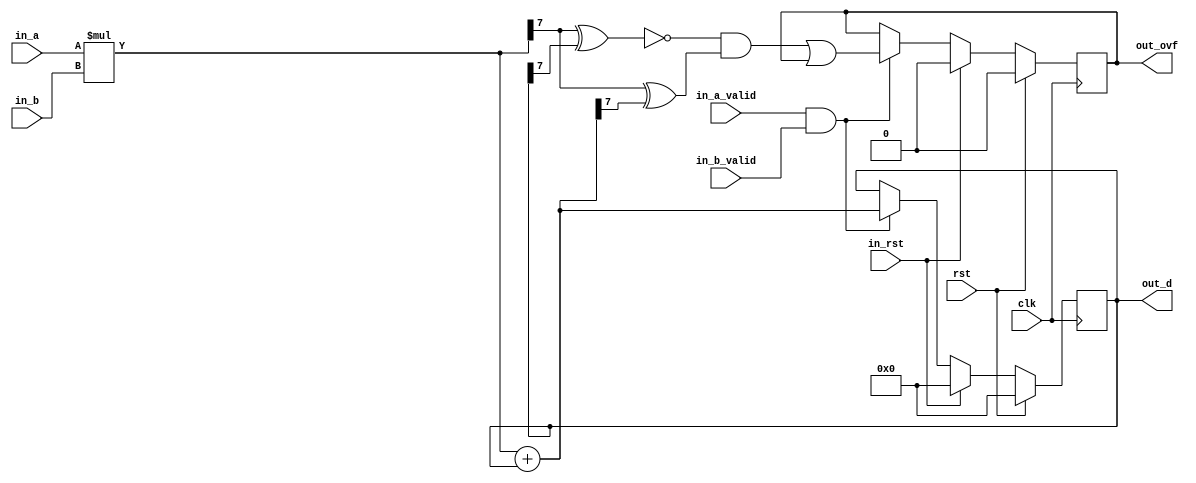
/* Generated by Amaranth Yosys 0.25 (PyPI ver 0.25.0.0.post70, git sha1 e02b7f64b) */

(* \amaranth.hierarchy  = "top.mac" *)
(* generator = "Amaranth" *)
module mac(in_b, out_d, out_ovf, in_a_valid, in_b_valid, in_rst, rst, clk, in_a);
  reg \$auto$verilog_backend.cc:2083:dump_module$6  = 0;
  (* src = "/data/Github/SNUHSD2023Spring/Lab4/Practice/mac.py:30" *)
  wire [7:0] \$1 ;
  (* src = "/data/Github/SNUHSD2023Spring/Lab4/Practice/mac.py:52" *)
  wire \$11 ;
  (* src = "/data/Github/SNUHSD2023Spring/Lab4/Practice/mac.py:52" *)
  wire \$12 ;
  (* src = "/data/Github/SNUHSD2023Spring/Lab4/Practice/mac.py:53" *)
  wire \$15 ;
  (* src = "/data/Github/SNUHSD2023Spring/Lab4/Practice/mac.py:52" *)
  wire \$17 ;
  (* src = "/data/Github/SNUHSD2023Spring/Lab4/Practice/mac.py:52" *)
  wire \$19 ;
  (* src = "/data/Github/SNUHSD2023Spring/Lab4/Practice/mac.py:43" *)
  wire \$21 ;
  (* src = "/data/Github/SNUHSD2023Spring/Lab4/Practice/mac.py:32" *)
  wire [7:0] \$3 ;
  (* src = "/data/Github/SNUHSD2023Spring/Lab4/Practice/mac.py:32" *)
  wire [8:0] \$5 ;
  (* src = "/data/Github/SNUHSD2023Spring/Lab4/Practice/mac.py:43" *)
  wire \$7 ;
  (* src = "/data/Github/SNUHSD2023Spring/Lab4/Practice/mac.py:43" *)
  wire \$9 ;
  (* src = "/usr/local/lib/python3.10/dist-packages/amaranth/hdl/ir.py:527" *)
  input clk;
  wire clk;
  (* src = "/data/Github/SNUHSD2023Spring/Lab4/Practice/mac.py:24" *)
  wire [7:0] current_out;
  (* src = "/data/Github/SNUHSD2023Spring/Lab4/Practice/mac.py:25" *)
  wire current_out_ovf;
  (* src = "/data/Github/SNUHSD2023Spring/Lab4/Practice/mac.py:12" *)
  input [3:0] in_a;
  wire [3:0] in_a;
  (* src = "/data/Github/SNUHSD2023Spring/Lab4/Practice/mac.py:13" *)
  input in_a_valid;
  wire in_a_valid;
  (* src = "/data/Github/SNUHSD2023Spring/Lab4/Practice/mac.py:14" *)
  input [3:0] in_b;
  wire [3:0] in_b;
  (* src = "/data/Github/SNUHSD2023Spring/Lab4/Practice/mac.py:15" *)
  input in_b_valid;
  wire in_b_valid;
  (* src = "/data/Github/SNUHSD2023Spring/Lab4/Practice/mac.py:17" *)
  input in_rst;
  wire in_rst;
  (* src = "/data/Github/SNUHSD2023Spring/Lab4/Practice/mac.py:23" *)
  wire [7:0] mult;
  (* src = "/data/Github/SNUHSD2023Spring/Lab4/Practice/mac.py:19" *)
  output [7:0] out_d;
  reg [7:0] out_d = 8'h00;
  (* src = "/data/Github/SNUHSD2023Spring/Lab4/Practice/mac.py:19" *)
  reg [7:0] \out_d$next ;
  (* src = "/data/Github/SNUHSD2023Spring/Lab4/Practice/mac.py:20" *)
  reg out_d_valid;
  (* src = "/data/Github/SNUHSD2023Spring/Lab4/Practice/mac.py:21" *)
  output out_ovf;
  reg out_ovf = 1'h0;
  (* src = "/data/Github/SNUHSD2023Spring/Lab4/Practice/mac.py:21" *)
  reg \out_ovf$next ;
  (* src = "/usr/local/lib/python3.10/dist-packages/amaranth/hdl/ir.py:527" *)
  input rst;
  wire rst;
  assign \$9  = in_a_valid & (* src = "/data/Github/SNUHSD2023Spring/Lab4/Practice/mac.py:43" *) in_b_valid;
  assign \$12  = mult[7] ^ (* src = "/data/Github/SNUHSD2023Spring/Lab4/Practice/mac.py:52" *) out_d[7];
  assign \$11  = ~ (* src = "/data/Github/SNUHSD2023Spring/Lab4/Practice/mac.py:52" *) \$12 ;
  assign \$15  = mult[7] ^ (* src = "/data/Github/SNUHSD2023Spring/Lab4/Practice/mac.py:53" *) current_out[7];
  assign \$17  = \$11  & (* src = "/data/Github/SNUHSD2023Spring/Lab4/Practice/mac.py:52" *) \$15 ;
  assign \$1  = $signed(in_a) * (* src = "/data/Github/SNUHSD2023Spring/Lab4/Practice/mac.py:30" *) $signed(in_b);
  assign \$19  = \$17  | (* src = "/data/Github/SNUHSD2023Spring/Lab4/Practice/mac.py:52" *) out_ovf;
  assign \$21  = in_a_valid & (* src = "/data/Github/SNUHSD2023Spring/Lab4/Practice/mac.py:43" *) in_b_valid;
  assign \$3  = $signed(in_a) * (* src = "/data/Github/SNUHSD2023Spring/Lab4/Practice/mac.py:32" *) $signed(in_b);
  assign \$5  = $signed(\$3 ) + (* src = "/data/Github/SNUHSD2023Spring/Lab4/Practice/mac.py:32" *) $signed(out_d);
  assign \$7  = in_a_valid & (* src = "/data/Github/SNUHSD2023Spring/Lab4/Practice/mac.py:43" *) in_b_valid;
  always @(posedge clk)
    out_ovf <= \out_ovf$next ;
  always @(posedge clk)
    out_d <= \out_d$next ;
  always @* begin
    if (\$auto$verilog_backend.cc:2083:dump_module$6 ) begin end
    \out_d$next  = out_d;
    (* src = "/data/Github/SNUHSD2023Spring/Lab4/Practice/mac.py:35" *)
    casez ({ \$7 , in_rst })
      /* src = "/data/Github/SNUHSD2023Spring/Lab4/Practice/mac.py:35" */
      2'b?1:
          \out_d$next  = 8'h00;
      /* src = "/data/Github/SNUHSD2023Spring/Lab4/Practice/mac.py:43" */
      2'b1?:
          \out_d$next  = current_out;
    endcase
    (* src = "/usr/local/lib/python3.10/dist-packages/amaranth/hdl/xfrm.py:334" *)
    casez (in_rst)
      1'h1:
          \out_d$next  = 8'h00;
    endcase
    (* src = "/usr/local/lib/python3.10/dist-packages/amaranth/hdl/xfrm.py:519" *)
    casez (rst)
      1'h1:
          \out_d$next  = 8'h00;
    endcase
  end
  always @* begin
    if (\$auto$verilog_backend.cc:2083:dump_module$6 ) begin end
    \out_ovf$next  = out_ovf;
    (* src = "/data/Github/SNUHSD2023Spring/Lab4/Practice/mac.py:35" *)
    casez ({ \$9 , in_rst })
      /* src = "/data/Github/SNUHSD2023Spring/Lab4/Practice/mac.py:35" */
      2'b?1:
          \out_ovf$next  = 1'h0;
      /* src = "/data/Github/SNUHSD2023Spring/Lab4/Practice/mac.py:43" */
      2'b1?:
          \out_ovf$next  = \$19 ;
    endcase
    (* src = "/usr/local/lib/python3.10/dist-packages/amaranth/hdl/xfrm.py:334" *)
    casez (in_rst)
      1'h1:
          \out_ovf$next  = 1'h0;
    endcase
    (* src = "/usr/local/lib/python3.10/dist-packages/amaranth/hdl/xfrm.py:519" *)
    casez (rst)
      1'h1:
          \out_ovf$next  = 1'h0;
    endcase
  end
  always @* begin
    if (\$auto$verilog_backend.cc:2083:dump_module$6 ) begin end
    out_d_valid = 1'h0;
    (* src = "/data/Github/SNUHSD2023Spring/Lab4/Practice/mac.py:35" *)
    casez ({ \$21 , in_rst })
      /* src = "/data/Github/SNUHSD2023Spring/Lab4/Practice/mac.py:35" */
      2'b?1:
          out_d_valid = 1'h0;
      /* src = "/data/Github/SNUHSD2023Spring/Lab4/Practice/mac.py:43" */
      2'b1?:
          out_d_valid = 1'h1;
    endcase
  end
  assign { current_out_ovf, current_out } = \$5 ;
  assign mult = \$1 ;
endmodule

(* \amaranth.hierarchy  = "top" *)
(* top =  1  *)
(* generator = "Amaranth" *)
module top(in_b, in_init, out_d, out_d_valid, out_ovf, clk, rst, in_a);
  reg \$auto$verilog_backend.cc:2083:dump_module$7  = 0;
  (* src = "/usr/local/lib/python3.10/dist-packages/amaranth/hdl/dsl.py:437" *)
  wire \$1 ;
  (* src = "/data/Github/SNUHSD2023Spring/Lab4/Practice/pe.py:69" *)
  wire [3:0] \$10 ;
  (* src = "/usr/local/lib/python3.10/dist-packages/amaranth/hdl/dsl.py:437" *)
  wire \$12 ;
  (* src = "/data/Github/SNUHSD2023Spring/Lab4/Practice/pe.py:71" *)
  wire \$14 ;
  (* src = "/data/Github/SNUHSD2023Spring/Lab4/Practice/pe.py:71" *)
  wire \$3 ;
  (* src = "/usr/local/lib/python3.10/dist-packages/amaranth/hdl/dsl.py:437" *)
  wire \$5 ;
  (* src = "/usr/local/lib/python3.10/dist-packages/amaranth/hdl/dsl.py:437" *)
  wire \$7 ;
  (* src = "/data/Github/SNUHSD2023Spring/Lab4/Practice/pe.py:69" *)
  wire [3:0] \$9 ;
  (* src = "/usr/local/lib/python3.10/dist-packages/amaranth/hdl/ir.py:527" *)
  input clk;
  wire clk;
  (* src = "/data/Github/SNUHSD2023Spring/Lab4/Practice/pe.py:15" *)
  reg [2:0] cnt = 3'h0;
  (* src = "/data/Github/SNUHSD2023Spring/Lab4/Practice/pe.py:15" *)
  reg [2:0] \cnt$next ;
  (* src = "/data/Github/SNUHSD2023Spring/Lab4/Practice/pe.py:41" *)
  reg fsm_state = 1'h0;
  (* src = "/data/Github/SNUHSD2023Spring/Lab4/Practice/pe.py:41" *)
  reg \fsm_state$next ;
  (* src = "/data/Github/SNUHSD2023Spring/Lab4/Practice/pe.py:18" *)
  input [3:0] in_a;
  wire [3:0] in_a;
  (* src = "/data/Github/SNUHSD2023Spring/Lab4/Practice/pe.py:19" *)
  input [3:0] in_b;
  wire [3:0] in_b;
  (* src = "/data/Github/SNUHSD2023Spring/Lab4/Practice/pe.py:14" *)
  input [2:0] in_init;
  wire [2:0] in_init;
  (* src = "/data/Github/SNUHSD2023Spring/Lab4/Practice/mac.py:12" *)
  wire [3:0] mac_in_a;
  (* src = "/data/Github/SNUHSD2023Spring/Lab4/Practice/mac.py:13" *)
  reg mac_in_a_valid;
  (* src = "/data/Github/SNUHSD2023Spring/Lab4/Practice/mac.py:14" *)
  wire [3:0] mac_in_b;
  (* src = "/data/Github/SNUHSD2023Spring/Lab4/Practice/mac.py:15" *)
  reg mac_in_b_valid;
  (* src = "/data/Github/SNUHSD2023Spring/Lab4/Practice/mac.py:17" *)
  reg mac_in_rst;
  (* src = "/data/Github/SNUHSD2023Spring/Lab4/Practice/mac.py:19" *)
  wire [7:0] mac_out_d;
  (* src = "/data/Github/SNUHSD2023Spring/Lab4/Practice/mac.py:21" *)
  wire mac_out_ovf;
  (* src = "/data/Github/SNUHSD2023Spring/Lab4/Practice/pe.py:21" *)
  output [7:0] out_d;
  wire [7:0] out_d;
  (* src = "/data/Github/SNUHSD2023Spring/Lab4/Practice/pe.py:22" *)
  output out_d_valid;
  reg out_d_valid = 1'h0;
  (* src = "/data/Github/SNUHSD2023Spring/Lab4/Practice/pe.py:22" *)
  reg \out_d_valid$next ;
  (* src = "/data/Github/SNUHSD2023Spring/Lab4/Practice/pe.py:23" *)
  output out_ovf;
  wire out_ovf;
  (* src = "/usr/local/lib/python3.10/dist-packages/amaranth/hdl/ir.py:527" *)
  input rst;
  wire rst;
  assign \$10  = cnt - (* src = "/data/Github/SNUHSD2023Spring/Lab4/Practice/pe.py:69" *) 1'h1;
  assign \$12  = | (* src = "/usr/local/lib/python3.10/dist-packages/amaranth/hdl/dsl.py:437" *) in_init;
  assign \$14  = cnt == (* src = "/data/Github/SNUHSD2023Spring/Lab4/Practice/pe.py:71" *) 1'h1;
  assign \$1  = | (* src = "/usr/local/lib/python3.10/dist-packages/amaranth/hdl/dsl.py:437" *) in_init;
  assign \$3  = cnt == (* src = "/data/Github/SNUHSD2023Spring/Lab4/Practice/pe.py:71" *) 1'h1;
  assign \$5  = | (* src = "/usr/local/lib/python3.10/dist-packages/amaranth/hdl/dsl.py:437" *) in_init;
  assign \$7  = | (* src = "/usr/local/lib/python3.10/dist-packages/amaranth/hdl/dsl.py:437" *) in_init;
  always @(posedge clk)
    out_d_valid <= \out_d_valid$next ;
  always @(posedge clk)
    cnt <= \cnt$next ;
  always @(posedge clk)
    fsm_state <= \fsm_state$next ;
  mac mac (
    .clk(clk),
    .in_a(mac_in_a),
    .in_a_valid(mac_in_a_valid),
    .in_b(mac_in_b),
    .in_b_valid(mac_in_b_valid),
    .in_rst(mac_in_rst),
    .out_d(mac_out_d),
    .out_ovf(mac_out_ovf),
    .rst(rst)
  );
  always @* begin
    if (\$auto$verilog_backend.cc:2083:dump_module$7 ) begin end
    (* full_case = 32'd1 *)
    (* src = "/data/Github/SNUHSD2023Spring/Lab4/Practice/pe.py:41" *)
    casez (fsm_state)
      /* \amaranth.decoding  = "INIT/0" */
      /* src = "/data/Github/SNUHSD2023Spring/Lab4/Practice/pe.py:42" */
      1'h0:
          mac_in_a_valid = 1'h0;
      /* \amaranth.decoding  = "EXEC/1" */
      /* src = "/data/Github/SNUHSD2023Spring/Lab4/Practice/pe.py:62" */
      1'h1:
          mac_in_a_valid = 1'h1;
    endcase
  end
  always @* begin
    if (\$auto$verilog_backend.cc:2083:dump_module$7 ) begin end
    (* full_case = 32'd1 *)
    (* src = "/data/Github/SNUHSD2023Spring/Lab4/Practice/pe.py:41" *)
    casez (fsm_state)
      /* \amaranth.decoding  = "INIT/0" */
      /* src = "/data/Github/SNUHSD2023Spring/Lab4/Practice/pe.py:42" */
      1'h0:
          mac_in_b_valid = 1'h0;
      /* \amaranth.decoding  = "EXEC/1" */
      /* src = "/data/Github/SNUHSD2023Spring/Lab4/Practice/pe.py:62" */
      1'h1:
          mac_in_b_valid = 1'h1;
    endcase
  end
  always @* begin
    if (\$auto$verilog_backend.cc:2083:dump_module$7 ) begin end
    \fsm_state$next  = fsm_state;
    (* full_case = 32'd1 *)
    (* src = "/data/Github/SNUHSD2023Spring/Lab4/Practice/pe.py:41" *)
    casez (fsm_state)
      /* \amaranth.decoding  = "INIT/0" */
      /* src = "/data/Github/SNUHSD2023Spring/Lab4/Practice/pe.py:42" */
      1'h0:
          (* src = "/data/Github/SNUHSD2023Spring/Lab4/Practice/pe.py:47" *)
          casez (\$1 )
            /* src = "/data/Github/SNUHSD2023Spring/Lab4/Practice/pe.py:47" */
            1'h1:
                \fsm_state$next  = 1'h1;
          endcase
      /* \amaranth.decoding  = "EXEC/1" */
      /* src = "/data/Github/SNUHSD2023Spring/Lab4/Practice/pe.py:62" */
      1'h1:
          (* src = "/data/Github/SNUHSD2023Spring/Lab4/Practice/pe.py:71" *)
          casez (\$3 )
            /* src = "/data/Github/SNUHSD2023Spring/Lab4/Practice/pe.py:71" */
            1'h1:
                \fsm_state$next  = 1'h0;
          endcase
    endcase
    (* src = "/usr/local/lib/python3.10/dist-packages/amaranth/hdl/xfrm.py:519" *)
    casez (rst)
      1'h1:
          \fsm_state$next  = 1'h0;
    endcase
  end
  always @* begin
    if (\$auto$verilog_backend.cc:2083:dump_module$7 ) begin end
    (* full_case = 32'd1 *)
    (* src = "/data/Github/SNUHSD2023Spring/Lab4/Practice/pe.py:41" *)
    casez (fsm_state)
      /* \amaranth.decoding  = "INIT/0" */
      /* src = "/data/Github/SNUHSD2023Spring/Lab4/Practice/pe.py:42" */
      1'h0:
          (* full_case = 32'd1 *)
          (* src = "/data/Github/SNUHSD2023Spring/Lab4/Practice/pe.py:47" *)
          casez (\$5 )
            /* src = "/data/Github/SNUHSD2023Spring/Lab4/Practice/pe.py:47" */
            1'h1:
                mac_in_rst = 1'h1;
            /* src = "/data/Github/SNUHSD2023Spring/Lab4/Practice/pe.py:57" */
            default:
                mac_in_rst = 1'h0;
          endcase
      /* \amaranth.decoding  = "EXEC/1" */
      /* src = "/data/Github/SNUHSD2023Spring/Lab4/Practice/pe.py:62" */
      1'h1:
          mac_in_rst = 1'h0;
    endcase
  end
  always @* begin
    if (\$auto$verilog_backend.cc:2083:dump_module$7 ) begin end
    \cnt$next  = cnt;
    (* full_case = 32'd1 *)
    (* src = "/data/Github/SNUHSD2023Spring/Lab4/Practice/pe.py:41" *)
    casez (fsm_state)
      /* \amaranth.decoding  = "INIT/0" */
      /* src = "/data/Github/SNUHSD2023Spring/Lab4/Practice/pe.py:42" */
      1'h0:
          (* src = "/data/Github/SNUHSD2023Spring/Lab4/Practice/pe.py:47" *)
          casez (\$7 )
            /* src = "/data/Github/SNUHSD2023Spring/Lab4/Practice/pe.py:47" */
            1'h1:
                \cnt$next  = in_init;
          endcase
      /* \amaranth.decoding  = "EXEC/1" */
      /* src = "/data/Github/SNUHSD2023Spring/Lab4/Practice/pe.py:62" */
      1'h1:
          \cnt$next  = \$10 [2:0];
    endcase
    (* src = "/usr/local/lib/python3.10/dist-packages/amaranth/hdl/xfrm.py:519" *)
    casez (rst)
      1'h1:
          \cnt$next  = 3'h0;
    endcase
  end
  always @* begin
    if (\$auto$verilog_backend.cc:2083:dump_module$7 ) begin end
    \out_d_valid$next  = out_d_valid;
    (* full_case = 32'd1 *)
    (* src = "/data/Github/SNUHSD2023Spring/Lab4/Practice/pe.py:41" *)
    casez (fsm_state)
      /* \amaranth.decoding  = "INIT/0" */
      /* src = "/data/Github/SNUHSD2023Spring/Lab4/Practice/pe.py:42" */
      1'h0:
          (* src = "/data/Github/SNUHSD2023Spring/Lab4/Practice/pe.py:47" *)
          casez (\$12 )
            /* src = "/data/Github/SNUHSD2023Spring/Lab4/Practice/pe.py:47" */
            1'h1:
                \out_d_valid$next  = 1'h0;
          endcase
      /* \amaranth.decoding  = "EXEC/1" */
      /* src = "/data/Github/SNUHSD2023Spring/Lab4/Practice/pe.py:62" */
      1'h1:
          (* src = "/data/Github/SNUHSD2023Spring/Lab4/Practice/pe.py:71" *)
          casez (\$14 )
            /* src = "/data/Github/SNUHSD2023Spring/Lab4/Practice/pe.py:71" */
            1'h1:
                \out_d_valid$next  = 1'h1;
          endcase
    endcase
    (* src = "/usr/local/lib/python3.10/dist-packages/amaranth/hdl/xfrm.py:519" *)
    casez (rst)
      1'h1:
          \out_d_valid$next  = 1'h0;
    endcase
  end
  assign \$9  = \$10 ;
  assign out_ovf = mac_out_ovf;
  assign out_d = mac_out_d;
  assign mac_in_b = in_b;
  assign mac_in_a = in_a;
endmodule